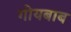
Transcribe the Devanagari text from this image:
गोयबाब